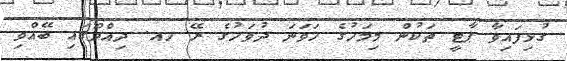
ގުޅިފައިވާ ޕާޓީ ތަކުން މިމަހުގެ ހަވަނަ ދުވަހުގެ ރޭ ހއ. ދިއްދޫގައި ބޭއްވި